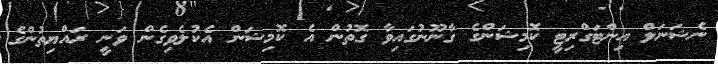
ނެޝަނަލް އިންޓަގްރިޓީ ކޮމިޝަންގެ ގާނޫނުގައިވާ ގޮތުން އެ ކޮމިޝަން އެކުލެވިގެން ވަނީ ރައްޔިތުންގެ